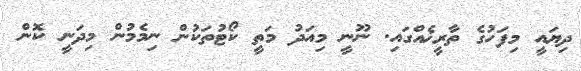
ދިޔައީ މިފަހުގެ ތާރީޚެއްގައި. ނޫނީ މިއަދު މަތީ ކޯޓުތަކުން ނިމެމުން މިދަނީ ކޮން